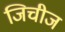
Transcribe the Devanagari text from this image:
जिचीज